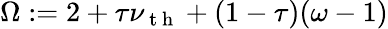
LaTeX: \Omega:=2+\tau\nu_{\mathrm{~t~h~}}+(1-\tau)(\omega-1)